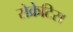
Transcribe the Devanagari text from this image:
सेक्रेटिस